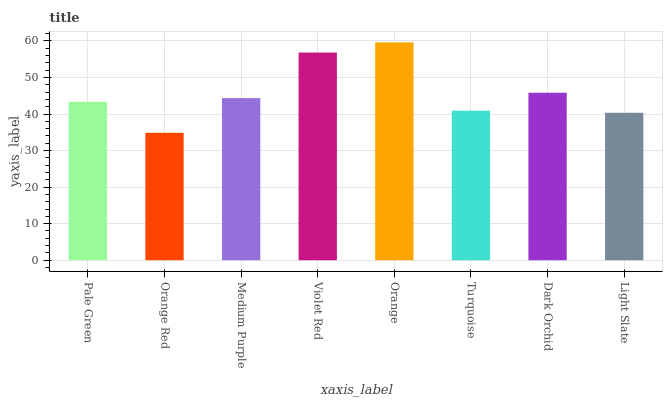
| xaxis_label | bars |
 | --- | --- |
 | Pale Green | 43.3 |
 | Orange Red | 34.9 |
 | Medium Purple | 44.4 |
 | Violet Red | 56.8 |
 | Orange | 59.6 |
 | Turquoise | 40.9 |
 | Dark Orchid | 45.8 |
 | Light Slate | 40.3 |